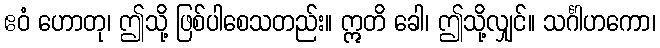
ဧဝံ ဟောတု၊ ဤသို့ ဖြစ်ပါစေသတည်း။ ဣတိ ခေါ၊ ဤသို့လျှင်။ သင်္ဂါဟကော၊